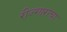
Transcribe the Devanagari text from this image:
रीज्गाराचा